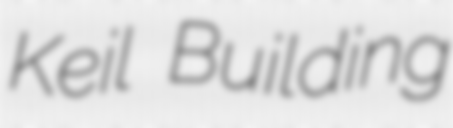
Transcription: Keil Building